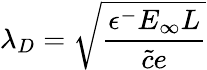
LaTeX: \lambda_{D}=\sqrt{\frac{\epsilon^{-}E_{\infty}L}{\tilde{c}e}}